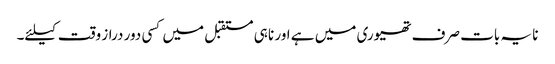
نا یہ بات صرف تھیوری میں ہے اور نا ہی مستقبل میں کسی دور دراز وقت کیلئے۔